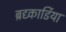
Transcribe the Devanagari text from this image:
ब्रद्य्कार्डिया